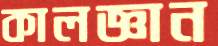
কালজ্ঞান